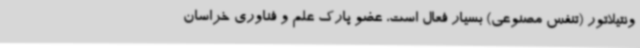
ونتیلاتور (تنفس مصنوعی) بسیار فعال است، عضو پارک علم و فناوری خراسان